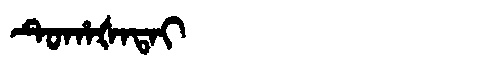
Manchu: ᡨᡠᡥᠠᡧᠠᡨᠠᡳ
Romanization: TUHAŠATAI